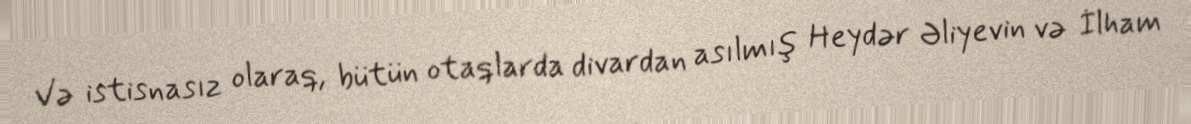
Və istisnasız olaraq, bütün otaqlarda divardan asılmış Heydər Əliyevin və İlham